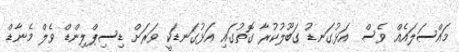
މައްސަލައެއް ވެސް. އަޅުގަނޑު ގަބޫލުކުރާ ގޮތުގައި އަޅުގަނޑަކީ ވަރަށް ޑިސިޕްލިންޑް ވެލް މެނާޑް